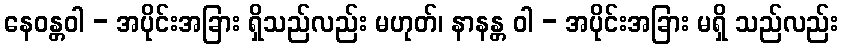
နေဝန္တဝါ - အပိုင်းအခြား ရှိသည်လည်း မဟုတ်၊ နာနန္တ ဝါ - အပိုင်းအခြား မရှိ သည်လည်း